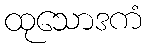
ထုသောဒကံ